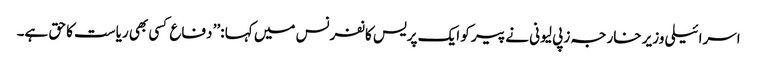
اسرائیلی وزیر خارجہ زپی لیونی نے پیر کو ایک پریس کانفرنس میں کہا :’’ دفاع کسی بھی ریاست کا حق ہے۔